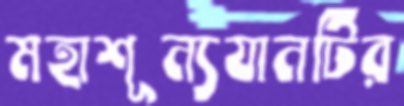
মহাশূন্যযানটির